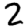
Digit: 2